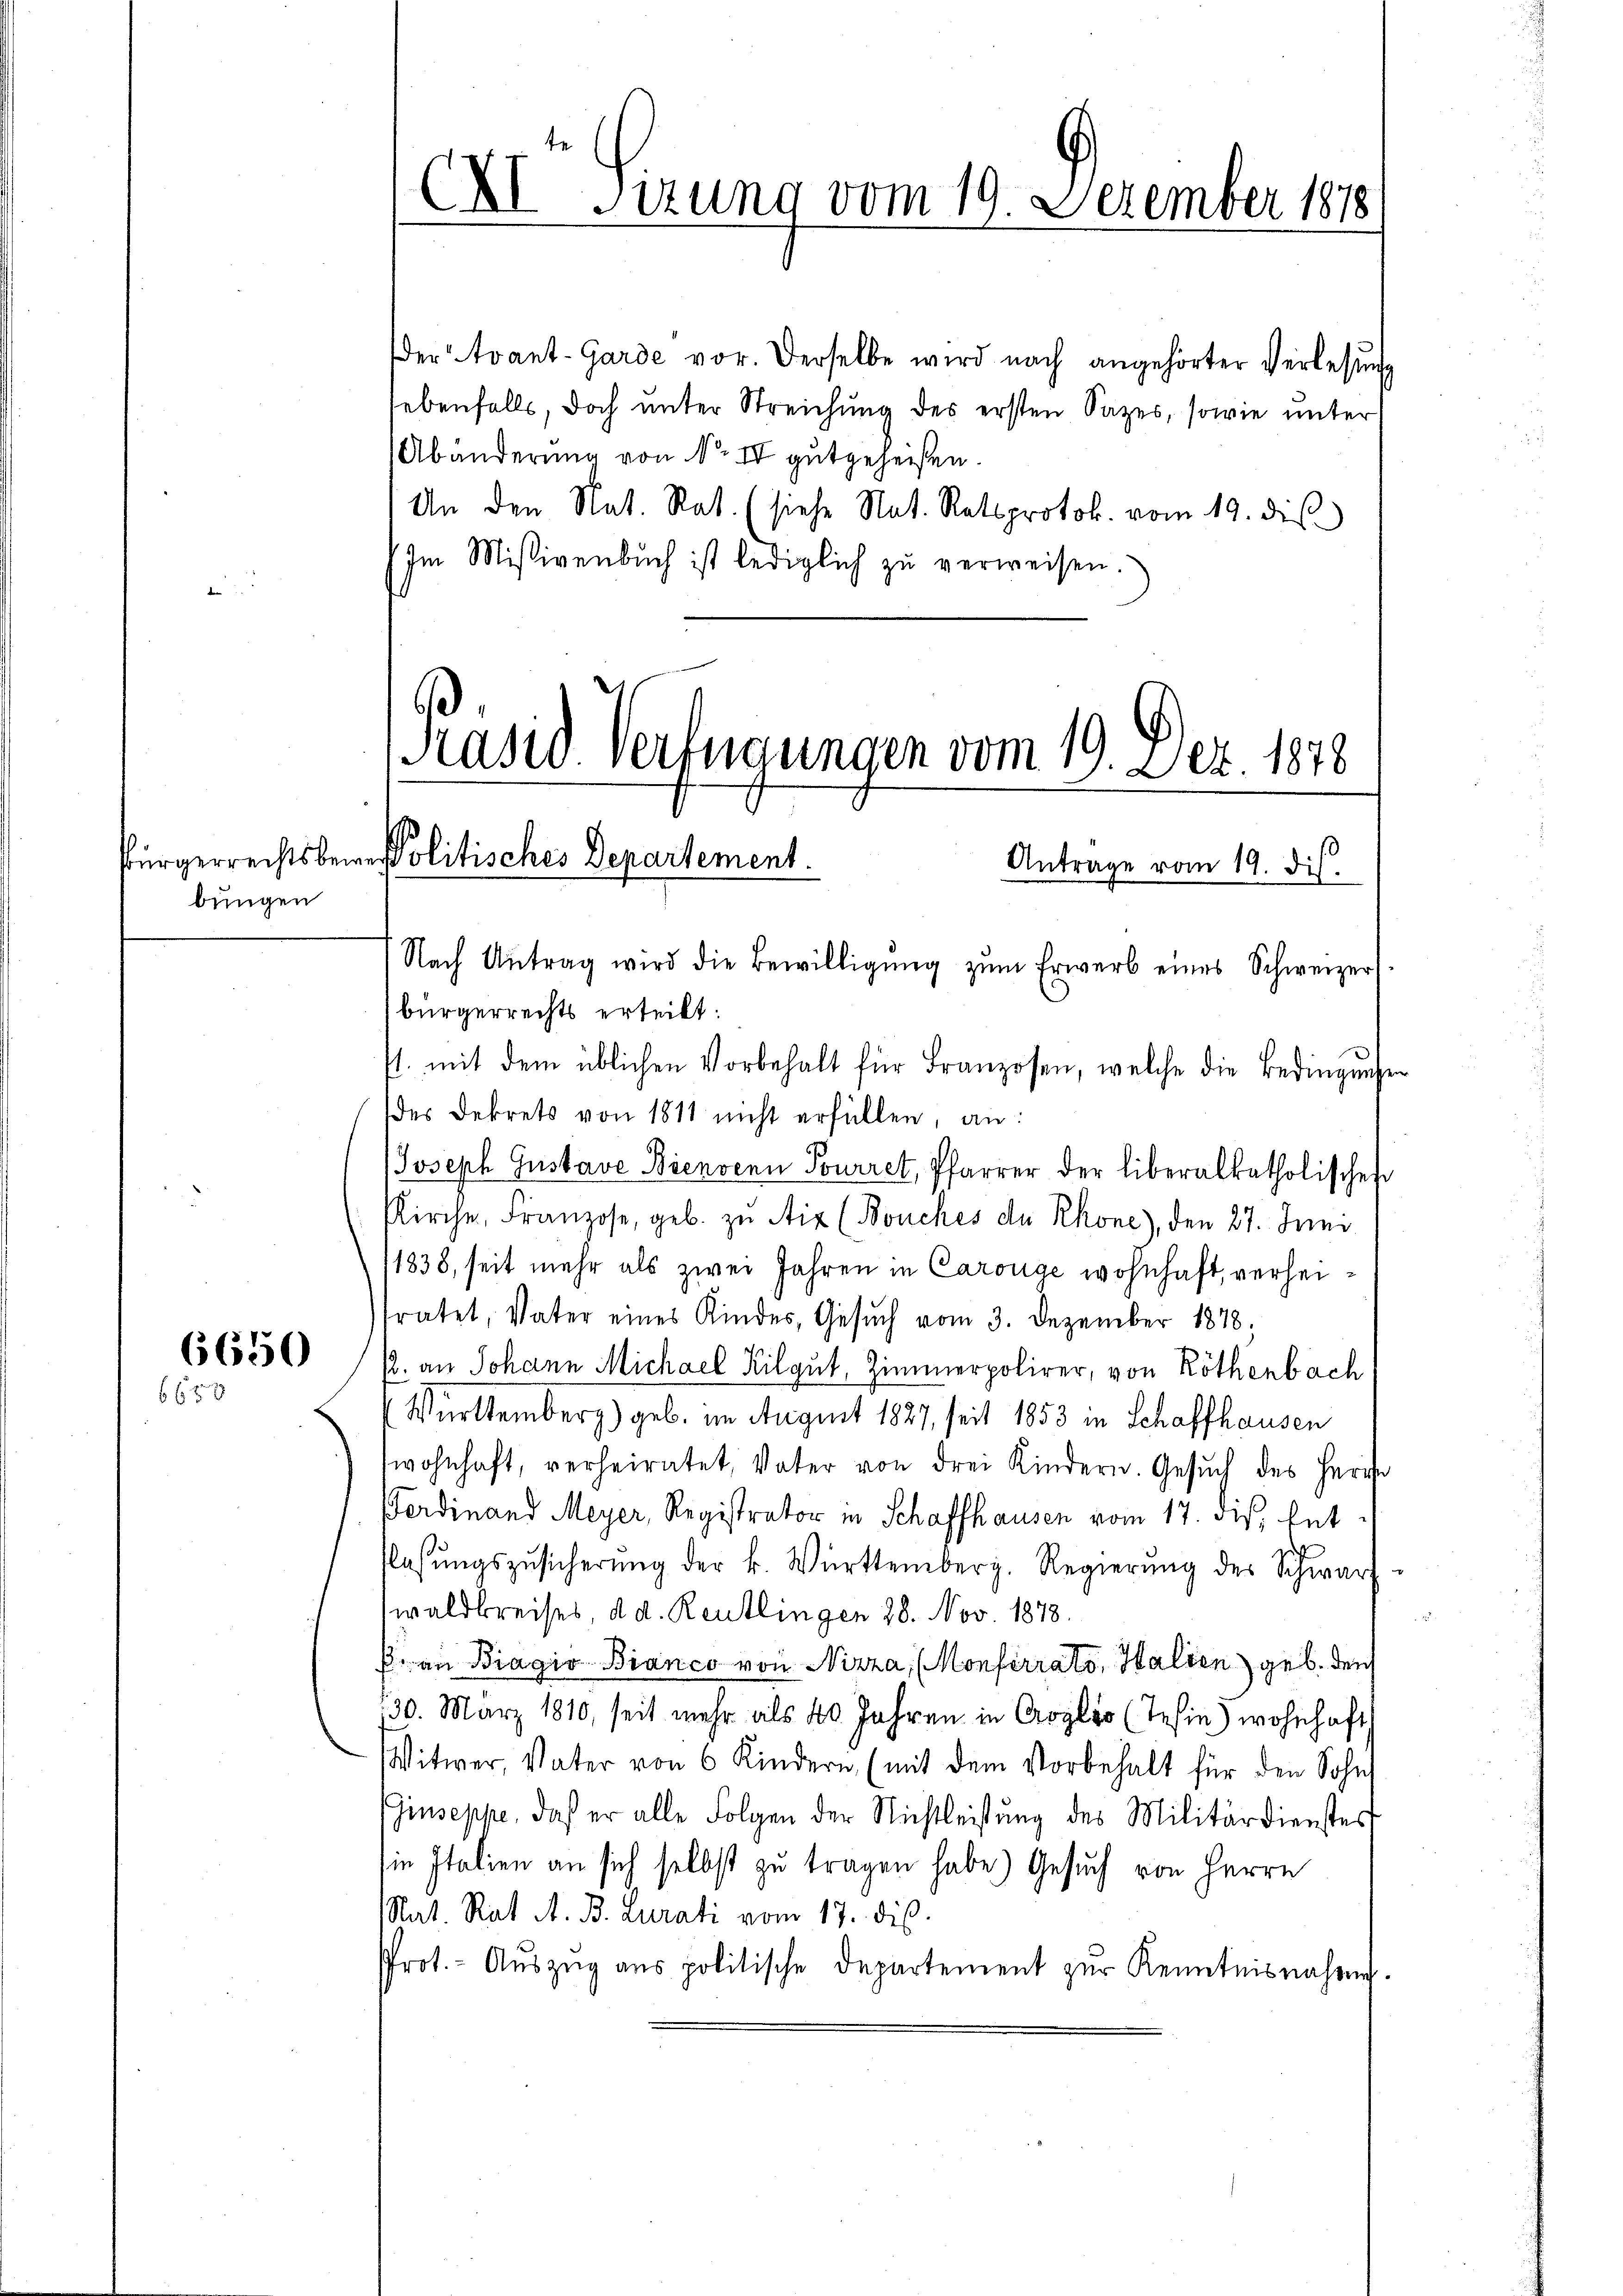
bungen

6653

Nach Antrag wird die Bewilligŭng zŭm Erwerb eines Schweizer
bürgerrechts erteilt:
1. mit dem üblichen Vorbehalt für Franzosen, welche die Bedingŭngen
des Dekrets von 1811 nicht erfüllen, an:
Joseph Gustave Bienen Tourret, Pfarrer der liberalkatholischen
Kirche, Franzose, geb. zŭ Aix (Bouches de Rhone), den 27. Juni
(1838, seit mehr als zwei Jahren in Carouge wohnhaft, verheitratet, Vater eines Kindes, Gesŭch vom 3. Dezember 1878;
6656 (s. an Johann Michael Kilgut, Zimmerpolirer, von Röthenbach
Württemberg) geb. im August 1827, seit 1853 in Schaffhausen
wohnhaft, verheiratet, Vater von drei Kindern. Gesŭch des Herre
Ferdinand Meyer, Registrator in Schaffhausen vom 17. dieß, bet
.
flassŭngszŭsicherŭng der k. Württemberg. Regierŭng des Schwarz
waldkreises, d. d. Reutlingen 28. Nov. 1878.
B. an Biagio Bianco von Nizza, (Monferrato, Halien geb. den
130. März 1810, seit mehr als 40 Jahren in Croglio (Tesie) wohnhaft
Witwer, Vater von 6 Kindern (mit dem Vorbehalt für den Sohn
Giuseppe, daß er alle Folgen der Nichtleistung des Militärdienstert
in Italien an sich selbst zu tragen habe.) Gesuch von Herrn
Rat. Rat A. B. Curati vom 17. dis
Prot. - Auszug aus politische Departement zur Kenntnisnahmen.

der Avant-Garde vor. Derselbe wird nach angehörter Verlesung
ebenfalls, doch ŭnter Streichŭng des ersten Sazes, sowie unter
Abänderung von No IV gutgeheißen.
An den Nat. Rat. (siehe Nat. Ratsprotok. vom 19. dis
Im Missivenbŭch ist lediglich zŭ verweisen.

XXI Sizung vom 19. Dezember 1878

Präsid. Verfügungen vom 19. Dez. 1878
ürgerrechts beim Politisches Departement.
Antrage vom 19. dis.